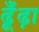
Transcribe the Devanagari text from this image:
ढूँंढ़ा